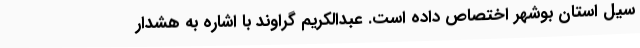
سیل استان بوشهر اختصاص داده است. عبدالکریم گراوند با اشاره به هشدار